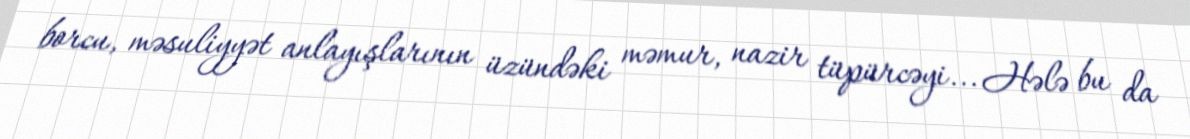
borcu, məsuliyyət anlayışlarının üzündəki məmur, nazir tüpürcəyi... Hələ bu da